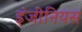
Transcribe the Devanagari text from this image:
इंजीनियस